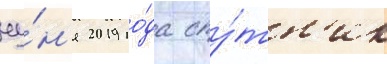
иу́н'я 2019 го́да спу́тн'ик